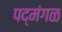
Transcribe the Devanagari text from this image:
पद्मंगळ